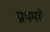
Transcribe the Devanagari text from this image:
प्रथमचे